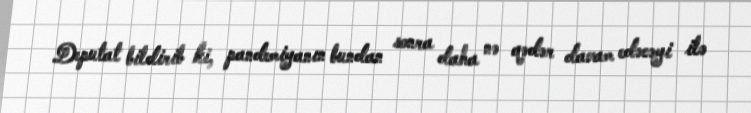
Deputat bildirib ki, pandemiyanın bundan sonra daha nə qədər davam edəcəyi ilə